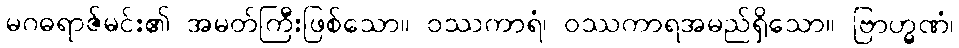
မဂဓရာဇ်မင်း၏ အမတ်ကြီးဖြစ်သော။ ဝဿကာရံ၊ ဝဿကာရအမည်ရှိသော။ ဗြာဟ္မဏံ၊